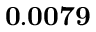
\mathbf { 0 . 0 0 7 9 }